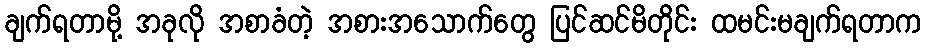
ချက်ရတာမို့ အခုလို အစာခံတဲ့ အစားအသောက်တွေ ပြင်ဆင်မိတိုင်း ထမင်းမချက်ရတာက